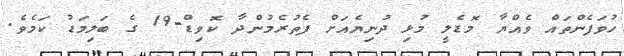
ހުވަފެންތައް ވެއްޔާ މޮޑެލީ މުޅި ދުނިޔެއަށް ފެތުރެމުންދާ ކޮވިޑް-19 ގެ ބަލިމަޑު ކަމެވެ.